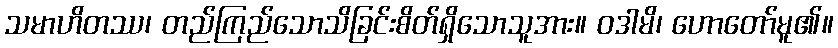
သမာဟိတဿ၊ တည်ကြည်သောသိခြင်းစိတ်ရှိသောသူအား။ ဝဒါမိ၊ ဟောတော်မူ၏။